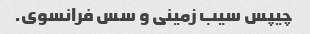
چیپس سیب زمینی و سس فرانسوی.